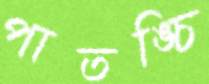
পাতঙ্চি